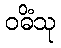
ဝဓိံသု